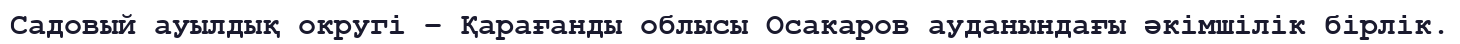
Садовый ауылдық округі – Қарағанды облысы Осакаров ауданындағы әкімшілік бірлік.